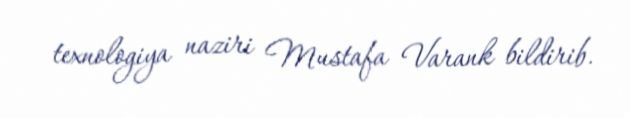
texnologiya naziri Mustafa Varank bildirib.